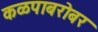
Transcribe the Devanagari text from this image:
कळपाबरोबर